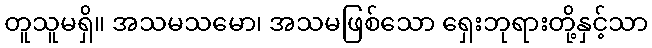
တူသူမရှိ။ အသမသမော၊ အသမဖြစ်သော ရှေးဘုရားတို့နှင့်သာ